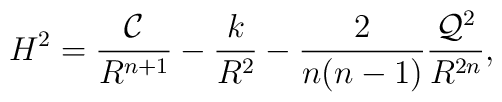
H^2 = \frac{{\cal C}}{R^{n+1}} -\frac{k}{R^2} -\frac{2}{n(n-1)}\frac{{\cal Q}^2}{R^{2n}},